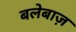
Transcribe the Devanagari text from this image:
बलेबाज़